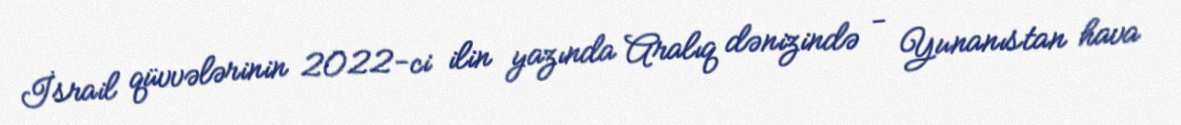
İsrail qüvvələrinin 2022-ci ilin yazında Aralıq dənizində - Yunanıstan hava